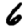
Digit: 6